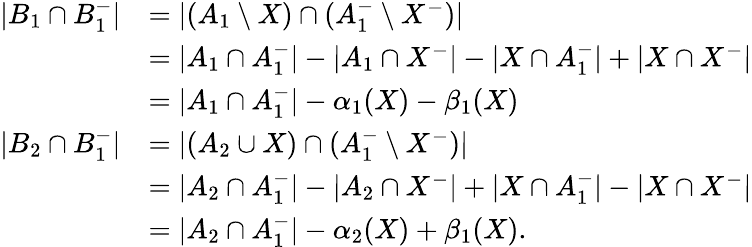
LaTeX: \begin{array}{rl}{|B_{1}\cap B_{1}^{-}|}&{=|(A_{1}\setminus X)\cap(A_{1}^{-}\setminus X^{-})|}\\ &{=|A_{1}\cap A_{1}^{-}|-|A_{1}\cap X^{-}|-|X\cap A_{1}^{-}|+|X\cap X^{-}|}\\ &{=|A_{1}\cap A_{1}^{-}|-\alpha_{1}(X)-\beta_{1}(X)}\\ {|B_{2}\cap B_{1}^{-}|}&{=|(A_{2}\cup X)\cap(A_{1}^{-}\setminus X^{-})|}\\ &{=|A_{2}\cap A_{1}^{-}|-|A_{2}\cap X^{-}|+|X\cap A_{1}^{-}|-|X\cap X^{-}|}\\ &{=|A_{2}\cap A_{1}^{-}|-\alpha_{2}(X)+\beta_{1}(X).}\end{array}